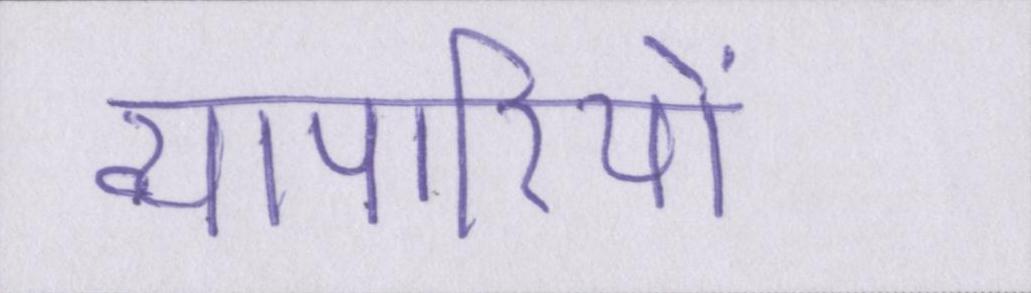
व्यापारियों